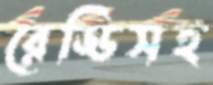
রেড্ডিসহ